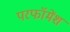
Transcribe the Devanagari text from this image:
परफॉमेंश